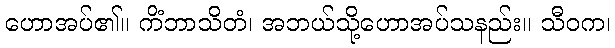
ဟောအပ်၏။ ကိံဘာသိတံ၊ အဘယ်သို့ဟောအပ်သနည်း။ သီဝက၊